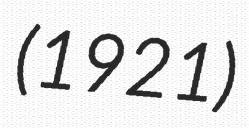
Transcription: (1921)